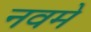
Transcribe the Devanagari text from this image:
नवमे